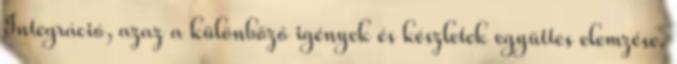
Integráció, azaz a különböző igények és készletek együttes elemzése.